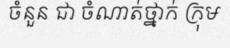
ចំនួន ជា ចំណាត់ថ្នាក់ ក្រុម